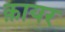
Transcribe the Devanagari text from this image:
क़ायर